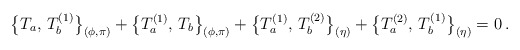
\begin{align*}\bigl\{T_a,\,T_b^{(1)}\bigr\}_{(\phi,\pi)}+\bigl\{T_a^{(1)},\,T_b\bigr\}_{(\phi,\pi)}+\bigl\{T_a^{(1)},\,T_b^{(2)}\bigr\}_{(\eta)}+\bigl\{T_a^{(2)},\,T_b^{(1)}\bigr\}_{(\eta)}=0\,.\end{align*}